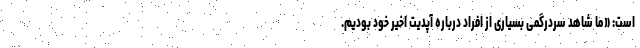
است: «ما شاهد سردرگمی بسیاری از افراد درباره آپدیت اخیر خود بودیم.